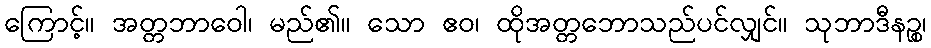
ကြောင့်။ အတ္တဘာဝေါ၊ မည်၏။ သော ဧဝ၊ ထိုအတ္တဘောသည်ပင်လျှင်။ သုဘာဒီနဉ္စ၊